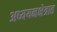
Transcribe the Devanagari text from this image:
अध्ययनक्षेत्रात